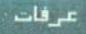
عرفات